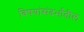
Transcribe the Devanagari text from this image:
विषयांसंदर्भातील